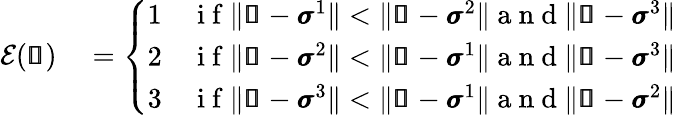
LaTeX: \begin{array}{rl}{\mathcal{E}(\pmb{\mathscr{s}})}&{{}=\left\{ \begin{array}{ll}{1}&{\mathrm{~i~f~}\| \pmb{\mathscr{s}}-\pmb{\sigma}^{1}\| <\| \pmb{\mathscr{s}}-\pmb{\sigma}^{2}\| \mathrm{~a~n~d~}\| \pmb{\mathscr{s}}-\pmb{\sigma}^{3}\| }\\ {2}&{\mathrm{~i~f~}\| \pmb{\mathscr{s}}-\pmb{\sigma}^{2}\| <\| \pmb{\mathscr{s}}-\pmb{\sigma}^{1}\| \mathrm{~a~n~d~}\| \pmb{\mathscr{s}}-\pmb{\sigma}^{3}\| }\\ {3}&{\mathrm{~i~f~}\| \pmb{\mathscr{s}}-\pmb{\sigma}^{3}\| <\| \pmb{\mathscr{s}}-\pmb{\sigma}^{1}\| \mathrm{~a~n~d~}\| \pmb{\mathscr{s}}-\pmb{\sigma}^{2}\| }\end{array}\right.}\end{array}